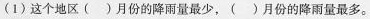
(1)这个地区( )月份的降雨量最少，( )月份的降雨量最多。